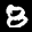
Label: 8